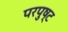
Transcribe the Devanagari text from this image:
परपुष्ट